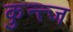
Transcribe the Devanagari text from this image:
कुन्त्ज